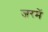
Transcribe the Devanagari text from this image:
जरमें